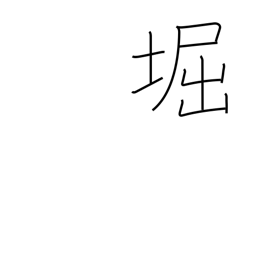
Meaning: moat